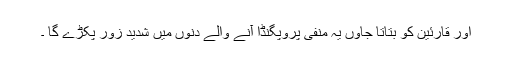
اور قارئین کو بتاتا جاوں یہ منفی پروپگنڈا آنے والے دنوں میں شدید زور پکڑے گا ۔